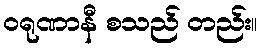
ဝရုဏာနီ စသည် တည်း။